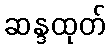
ဆန္ဒထုတ်